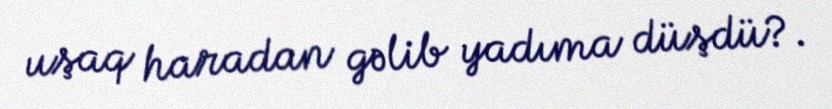
uşaq haradan gəlib yadıma düşdü?.